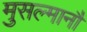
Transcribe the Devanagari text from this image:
मुसल्मानौं